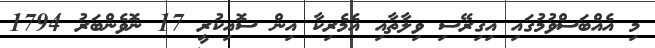
މި އެއްބަސްވުމުގައި އިގިރޭސި ވިލާތާއި އެމެރިކާ އިން ސޮއިކުރީ 17 ނޮވެންބަރު 1794